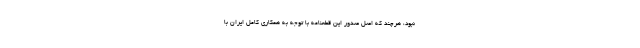
نبود، هرچند که اصل صدور این قطعنامه با توجه به همکاری کامل ایران با